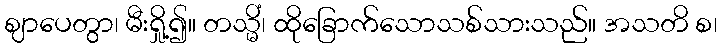
ဈာပေတွာ၊ မီးရှို့၍။ တသ္မိံ၊ ထိုခြောက်သောသစ်သားသည်။ အသတိ စ၊